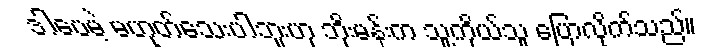
ဒါပေမဲ့ မဟုတ်သေးပါဘူးဟု ဘိုးမန်းက သူ့ကိုယ်သူ ပြောလိုက်သည်။